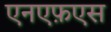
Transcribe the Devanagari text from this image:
एनएफ़एस